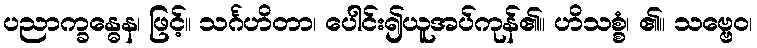
ပညာက္ခန္ဓေန၊ ဖြင့်။ သင်္ဂဟိတာ၊ ပေါင်း၍ယူအပ်ကုန်၏။ ဟိသစ္စံ၊ ၏။ သဗ္ဗေဝ၊